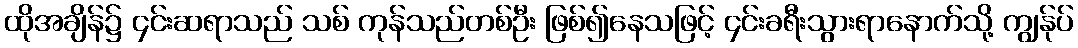
ထိုအချိန်၌ ၄င်းဆရာသည် သစ် ကုန်သည်တစ်ဦး ဖြစ်၍နေသဖြင့် ၄င်းခရီးသွားရာနောက်သို့ ကျွန်ုပ်